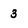
Character: 3